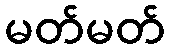
မတ်မတ်